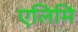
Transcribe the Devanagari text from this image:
एलिमि